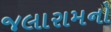
જલારામનો